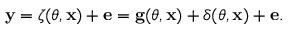
\begin{array} { r } { \mathbf { y } = \boldsymbol { \zeta } ( \boldsymbol { \theta } , \mathbf { x } ) + \mathbf { e } = \mathbf { g } ( \boldsymbol { \theta } , \mathbf { x } ) + \boldsymbol { \delta } ( \boldsymbol { \theta } , \mathbf { x } ) + \mathbf { e } . } \end{array}